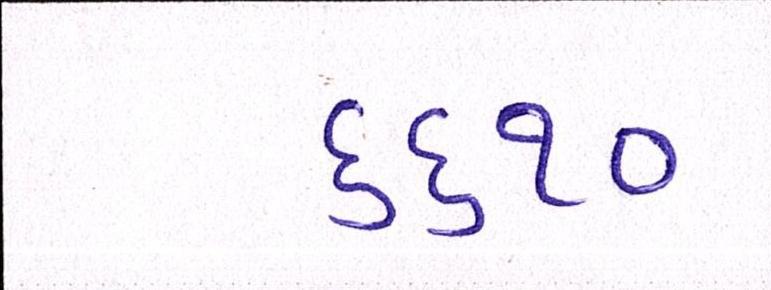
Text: ૬૬૧૦